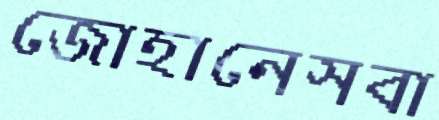
জোহানেসবা